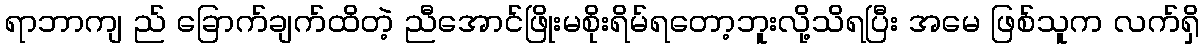
ရာဘာကျ ည် ခြောက်ချက်ထိတဲ့ ညီအောင်ဖြိုးမစိုးရိမ်ရတော့ဘူးလို့သိရပြီး အမေ ဖြစ်သူက လက်ရှိ